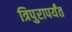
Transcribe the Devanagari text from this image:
त्रिपुरापर्यंत